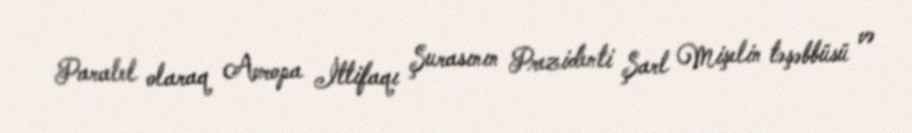
Paralel olaraq Avropa İttifaqı Şurasının Prezidenti Şarl Mişelin təşəbbüsü və